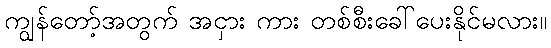
ကျွန်တော့်အတွက် အငှား ကား တစ်စီးခေါ်ပေးနိုင်မလား။